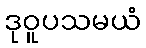
ဒုဝူပသမယံ